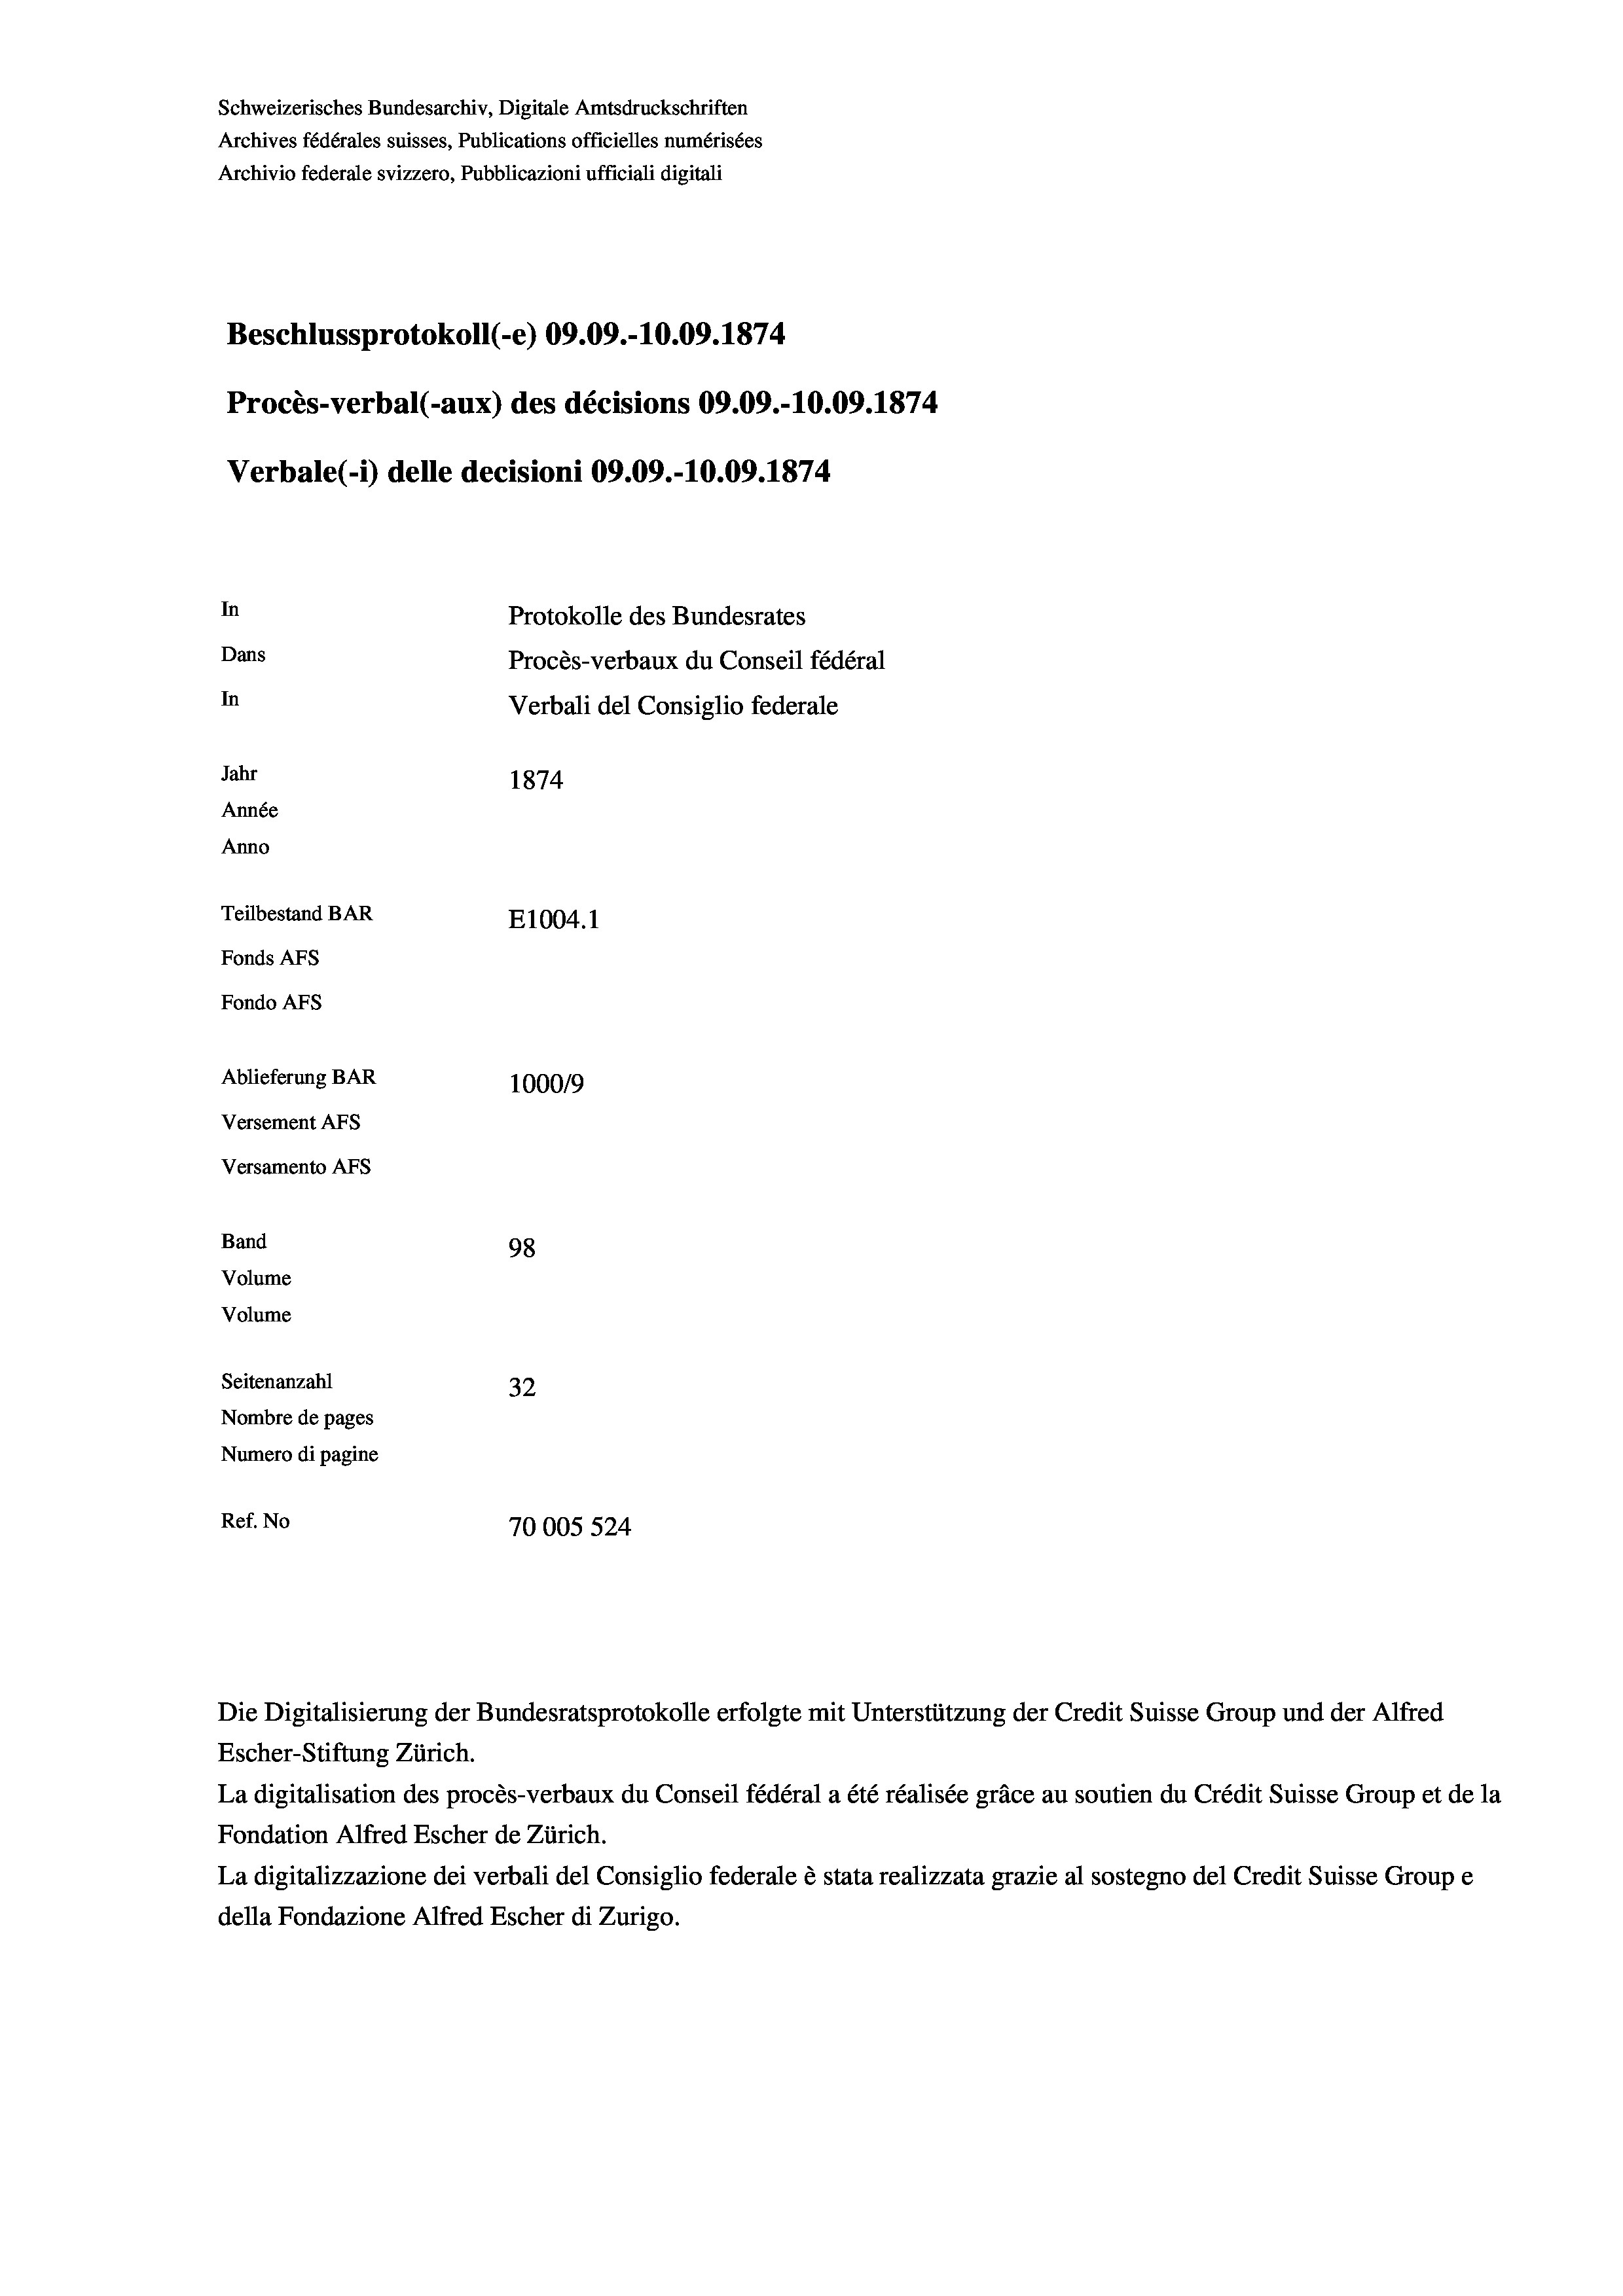
Schweizerisches Bundesarchiv, Digitale Amtsdruckschriften
Archives fédérales suisses, Publications officielles numérisées
Archivio federale svizzero, Pubblicazioni ufficiali digitali
Beschlussprotokoll (-e) 09.09.-10.09. 1874
Procès-verbal (-aux) des décisions 09.09.-10.09. 1874
Verbale(-*) delle decisioni 09.09.-10.09. 1874
In
Protokolle des Bundesrates
Dans
Procès-verbaux du Conseil fédéral
In
Verbali del Consiglio federale
Jahr
1874
Année
Anno
Teilbestand BAR
E1004. 1
Fonds Afs
Fondo AFS
Ablieferung BAR
100019
Versement AFs
Versamento Afs
Band
98
Volume
Volume
Seitenanzahl
32
Nombre de pages
Numero di pagine
Ref. No
70005 524

Die Digitalisierung der Bundesratsprotokolle erfolgte mit Unterstützung der Credit Suisse Group und der Alfred
Escher-Stiftung Zürich.
La digitalisation des procès-verbaux du Conseil fédéral a été réalisée gräce au soutien du Crédit Suisse Group et de la
Fondation Alfred Escher de Zürich.
La digitalizzazione dei verbali del Consiglio federale è stata realizzata grazie al sostegno del Credit Suisse Groupe
della Fondazione Alfred Escher di Zurigo.